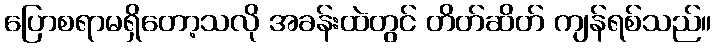
ပြောစရာမရှိတော့သလို အခန်းထဲတွင် တိတ်ဆိတ် ကျန်ရစ်သည်။